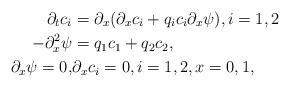
LaTeX: \begin{align*} \partial_t c_i &=\partial_x (\partial_x c_i+ q_ic_i\partial_x \psi), i=1, 2 \\ - \partial_x^2\psi&= q_1c_1+q_2c_2, \\ {\partial_x \psi}=0,&{\partial_x c_i}=0,i=1,2,x=0, 1,\end{align*}